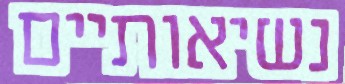
נשיאותיים